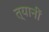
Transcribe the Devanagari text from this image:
त्यानीं